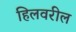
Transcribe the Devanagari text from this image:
हिलवरील